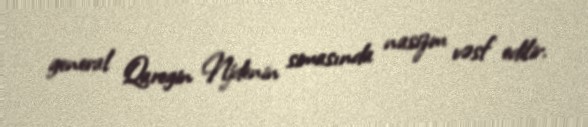
general Qaregin Njdenin simasında nasizm vəsf edilir.